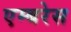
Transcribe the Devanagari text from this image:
एम्बरेस